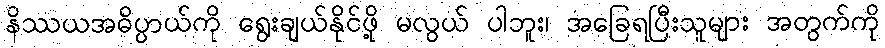
နိဿယအဓိပ္ပာယ်ကို ရွေးချယ်နိုင်ဖို့ မလွယ် ပါဘူး၊ အခြေရပြီးသူများ အတွက်ကို